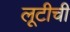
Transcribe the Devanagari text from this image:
लूटीची